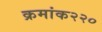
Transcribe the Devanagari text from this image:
क्रमांक२२०